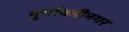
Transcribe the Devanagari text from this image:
दुर्गावतीनगर